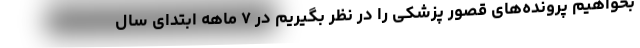
بخواهیم پرونده‌های قصور پزشکی را در نظر بگیریم در ۷ ماهه ابتدای سال